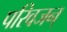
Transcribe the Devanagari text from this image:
परिवजन्